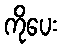
ကိုပေး